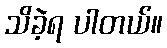
သိခဲ့ရ ပါတယ်။